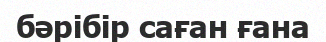
бәрібір саған ғана